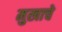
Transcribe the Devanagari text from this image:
मुखाचे